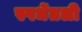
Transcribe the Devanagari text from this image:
स्पर्धेतली